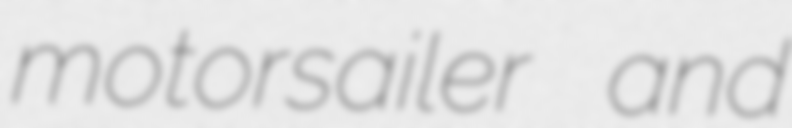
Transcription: motorsailer and